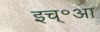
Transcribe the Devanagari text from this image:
इच्॰आ